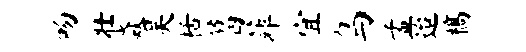
吻壮焱吴栝葛菲宜鸟孟迨槁